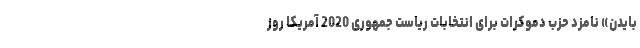
بایدن» نامزد حزب دموکرات برای انتخابات ریاست جمهوری 2020 آمریکا روز